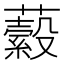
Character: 𧂔